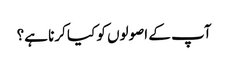
آپ کے اصولوں کو کیا کرنا ہے؟